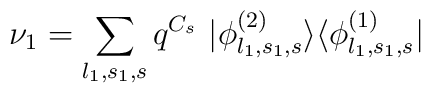
\nu_1 = \sum_{l_1,s_1,s} q^{C_s}~|\phi_{l_1,s_1,s}^{(2)} \rangle\langle \phi_{l_1,s_1,s}^{(1)}|